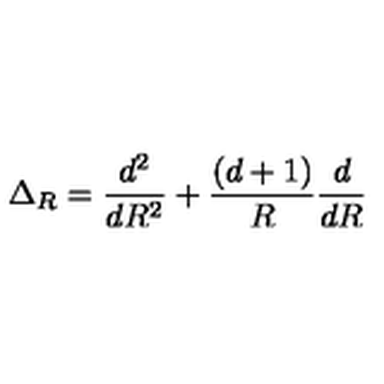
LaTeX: \Delta _ { R } = \frac { d ^ { 2 } } { d R ^ { 2 } } + \frac { ( d + 1 ) } { R } \frac { d } { d R }